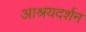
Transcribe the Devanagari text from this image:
आश्रयदर्शन